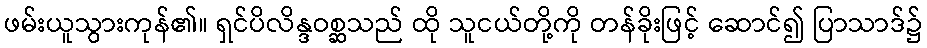
ဖမ်းယူသွားကုန်၏။ ရှင်ပိလိန္ဒဝစ္ဆသည် ထို သူငယ်တို့ကို တန်ခိုးဖြင့် ဆောင်၍ ပြာသာဒ်၌